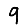
Digit: 9